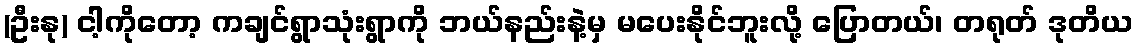
(ဦးနု) ငါ့ကိုတော့ ကချင်ရွာသုံးရွာကို ဘယ်နည်းနဲ့မှ မပေးနိုင်ဘူးလို့ ပြောတယ်၊ တရုတ် ဒုတိယ